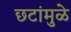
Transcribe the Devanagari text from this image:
छटांमुळे